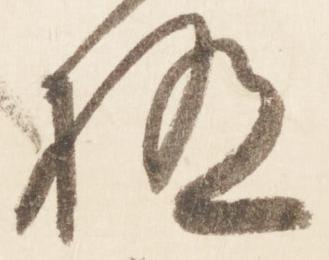
極